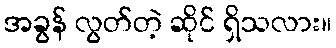
အခွန် လွတ်တဲ့ ဆိုင် ရှိသလား။